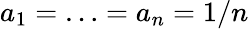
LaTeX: a_{1}=\ldots=a_{n}=1/n